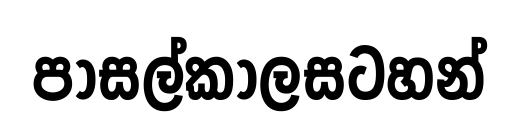
පාසල්කාලසටහන්